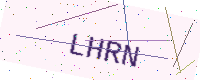
Text: LHRN